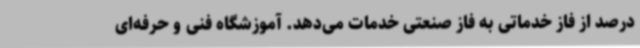
درصد از فاز خدماتی به فاز صنعتی خدمات می‌دهد. آموزشگاه فنی و حرفه‌ای